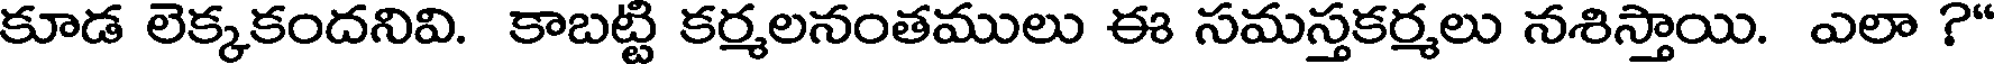
కూడ లెక్కకందనివి. కాబట్టి కర్మలనంతములు ఈ సమస్తకర్మలు నశిస్తాయి. ఎలా ?"